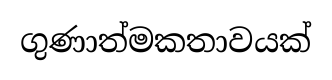
ගුණාත්මකතාවයක්